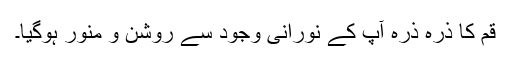
قم کا ذرہ ذرہ آپ کے نورانی وجود سے روشن و منور ہوگیا۔